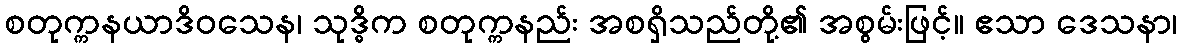
စတုက္ကနယာဒိဝသေန၊ သုဒ္ဓိက စတုက္ကနည်း အစရှိသည်တို့၏ အစွမ်းဖြင့်။ ဧသာ ဒေသနာ၊